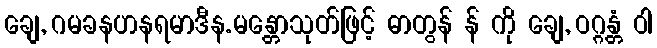
ချေ, ဂမခနဟနရမာဒီန.မန္တောသုတ်ဖြင့် ဓာတွန် န် ကို ချေ, ဝဂ္ဂန္တံ ဝါ